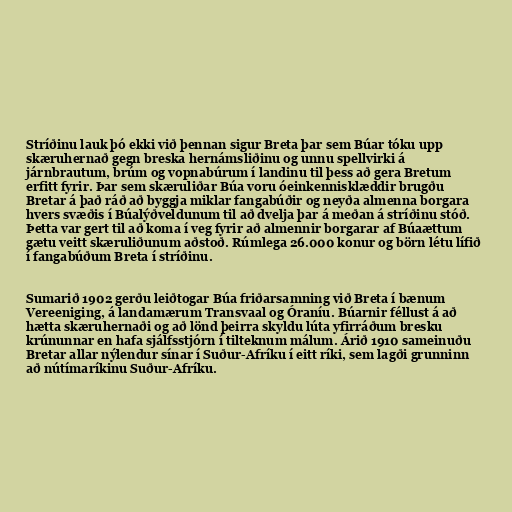
Stríðinu lauk þó ekki við þennan sigur Breta þar sem Búar tóku upp
skæruhernað gegn breska hernámsliðinu og unnu spellvirki á
járnbrautum, brúm og vopnabúrum í landinu til þess að gera Bretum
erfitt fyrir. Þar sem skæruliðar Búa voru óeinkennisklæddir brugðu
Bretar á það ráð að byggja miklar fangabúðir og neyða almenna borgara
hvers svæðis í Búalýðveldunum til að dvelja þar á meðan á stríðinu stóð.
Þetta var gert til að koma í veg fyrir að almennir borgarar af Búaættum
gætu veitt skæruliðunum aðstoð. Rúmlega 26.000 konur og börn létu lífið
í fangabúðum Breta í stríðinu.

Sumarið 1902 gerðu leiðtogar Búa friðarsamning við Breta í bænum
Vereeniging, á landamærum Transvaal og Óraníu. Búarnir féllust á að
hætta skæruhernaði og að lönd þeirra skyldu lúta yfirráðum bresku
krúnunnar en hafa sjálfsstjórn í tilteknum málum. Árið 1910 sameinuðu
Bretar allar nýlendur sínar í Suður-Afríku í eitt ríki, sem lagði grunninn
að nútímaríkinu Suður-Afríku.